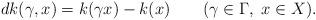
LaTeX: \begin{align*} d k(\gamma, x)=k(\gamma x)-k(x)\qquad(\gamma\in \Gamma,\ x\in X).\end{align*}